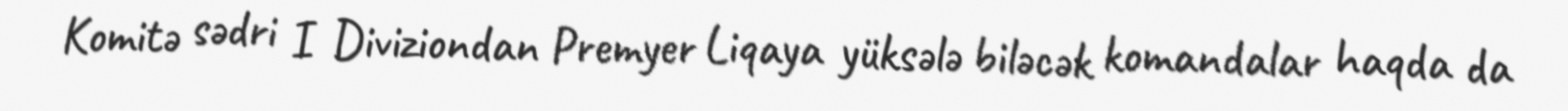
Komitə sədri I Diviziondan Premyer Liqaya yüksələ biləcək komandalar haqda da